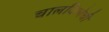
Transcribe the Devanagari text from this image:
चालविणेची